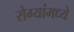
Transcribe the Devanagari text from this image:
रोग्यांमध्ये